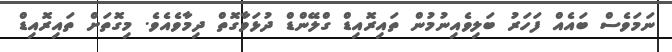
ނަމަވެސް ބައެއް ފަހަރު ބަލިވެއިނުމުން ތައިރޮއިޑް ގްލޭންޑް ދުޅަވާގޮތް ދިމާވެއެވެ. މިގޮތަށް ތައިރޮއިޑް